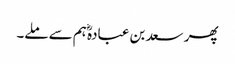
پھر سعد بن عبادہؓ ہم سے ملے۔